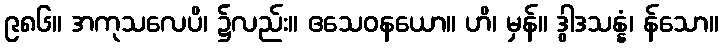
၉၈၆။ အကုသလေပိ၊ ၌လည်း။ ဧသေဝနယော။ ဟိ၊ မှန်။ ဒွါဒသန္နံ၊ န်သော။